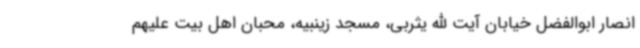
انصار ابوالفضل خیابان آیت الله یثربی، مسجد زینبیه، محبان اهل بیت علیهم